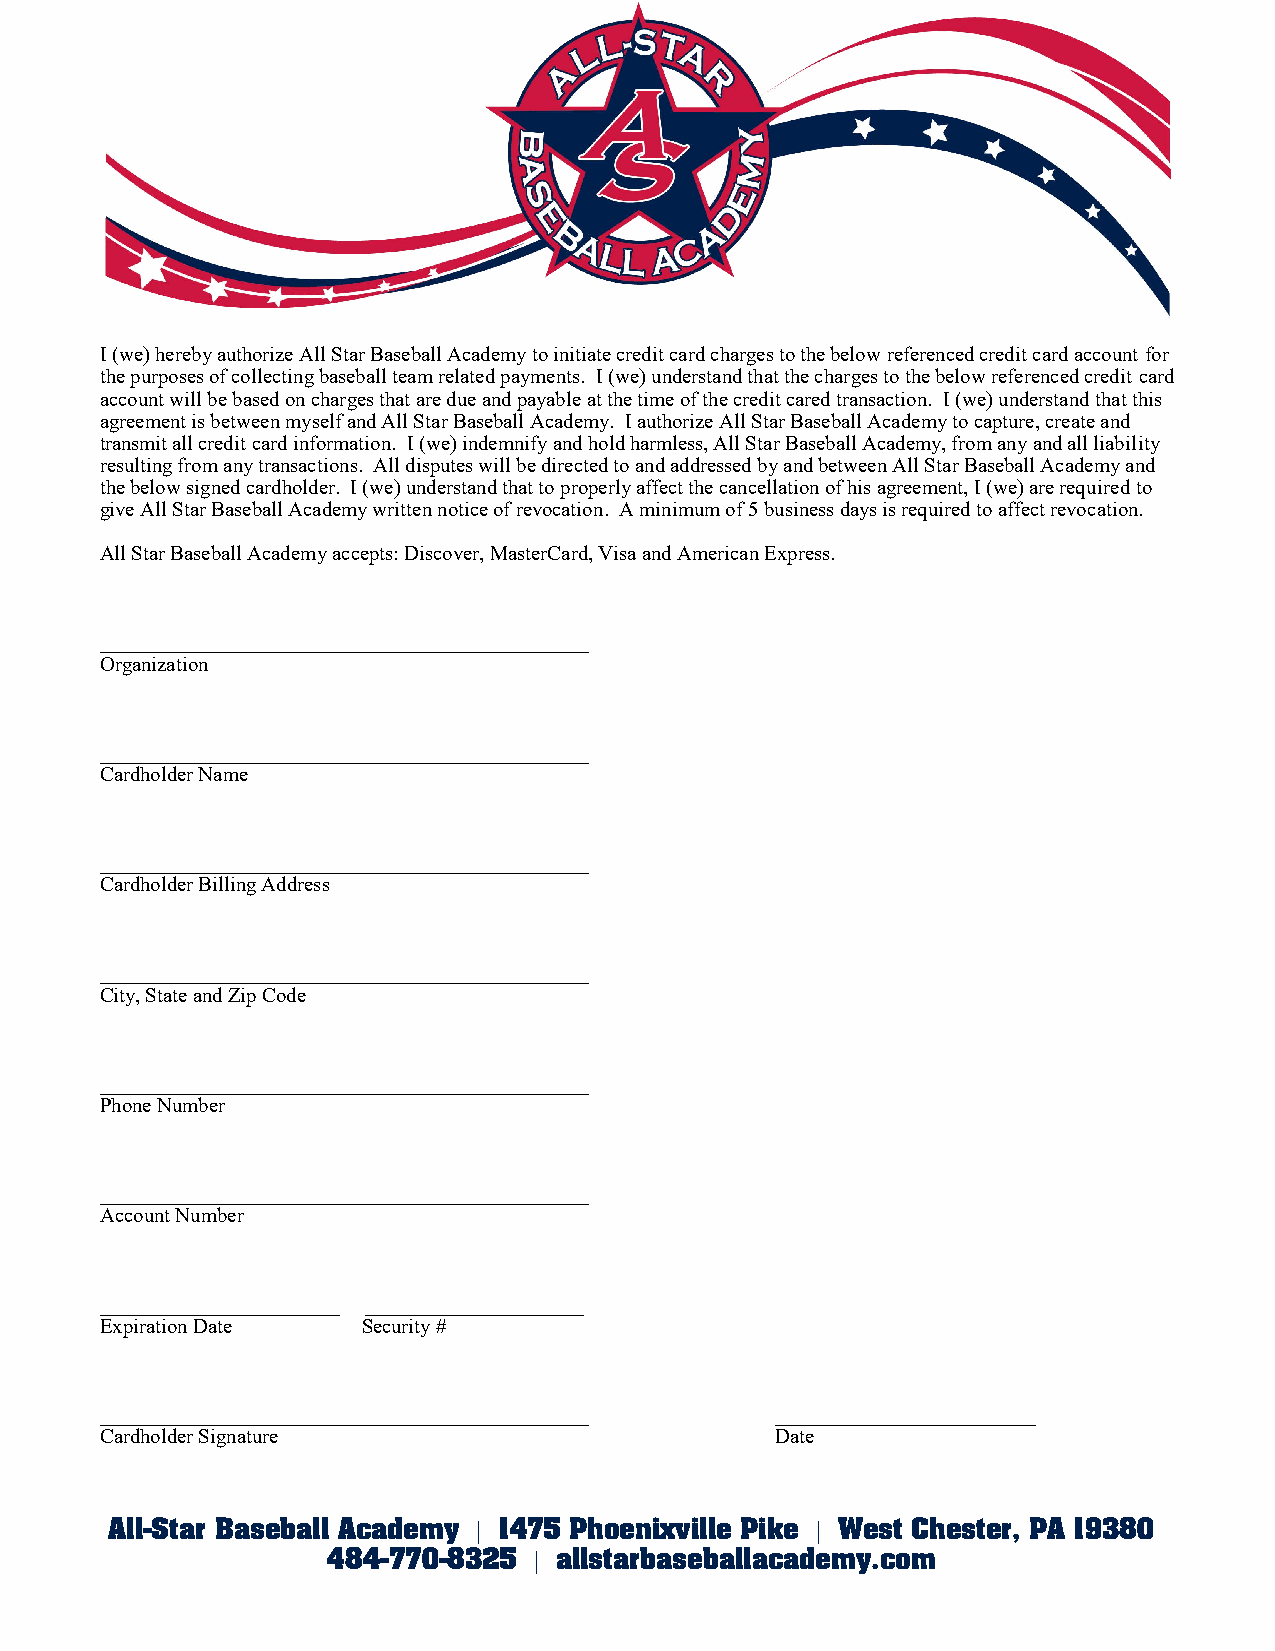
I (we) hereby authorize All Star Baseball Academy to initiate credit card charges to the below referenced credit card account for
 the purposes of collecting baseball team related payments. I (we) understand that the charges to the below referenced credit card
 account will be based on charges that are due and payable at the time of the credit cared transaction. I (we) understand that this
 agreement is between myself and All Star Baseball Academy. I authorize All Star Baseball Academy to capture, create and
 transmit all credit card information. I (we) indemnify and hold harmless, All Star Baseball Academy, from any and all liability
 resulting from any transactions. All disputes will be directed to and addressed by and between All Star Baseball Academy and
 the below signed cardholder. I (we) understand that to properly affect the cancellation of his agreement, I (we) are required to
 give All Star Baseball Academy written notice of revocation. A minimum of 5 business days is required to affect revocation.
 All Star Baseball Academy accepts: Discover, MasterCard, Visa and American Express.
 _______________________________________________
 Organization
 _______________________________________________
 Cardholder Name
 _______________________________________________
 Cardholder Billing Address
 _______________________________________________
 City, State and Zip Code
 _______________________________________________
 Phone Number
 _______________________________________________
 Account Number
 _______________________ _____________________
 Expiration Date  Security #
 _______________________________________________ _________________________
 Cardholder Signature                        Date
 All-Star Baseball Academy | 1475 Phoenixville Pike | West Chester, PA 19380
 484-770-8325 | allstarbaseballacademy.com